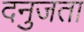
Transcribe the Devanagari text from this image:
दनुजता